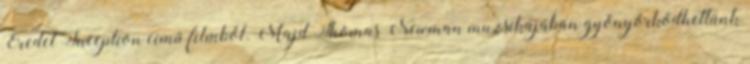
Eredet Inception című filmből. Majd Thomas Newman muzsikájában gyönyörködhettünk